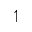
\upharpoonleft